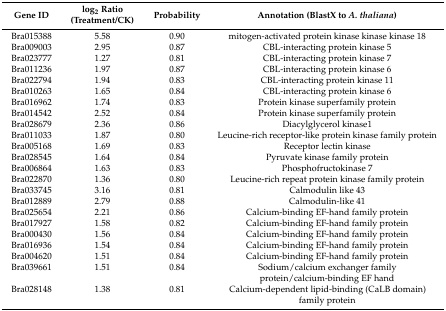
<table><thead><tr><td><b>Gene ID</b></td><td><b>log<sub>2</sub> Ratio (Treatment/CK)</b></td><td><b>Probability</b></td><td><b>Annotation (BlastX to <i>A. thaliana</i>)</b></td></tr></thead><tbody><tr><td>Bra015388</td><td>5.58</td><td>0.90</td><td>mitogen-activated protein kinase kinase kinase 18</td></tr><tr><td>Bra009003</td><td>2.95</td><td>0.87</td><td>CBL-interacting protein kinase 5</td></tr><tr><td>Bra023777</td><td>1.27</td><td>0.81</td><td>CBL-interacting protein kinase 7</td></tr><tr><td>Bra011236</td><td>1.97</td><td>0.87</td><td>CBL-interacting protein kinase 6</td></tr><tr><td>Bra022794</td><td>1.94</td><td>0.83</td><td>CBL-interacting protein kinase 11</td></tr><tr><td>Bra010263</td><td>1.65</td><td>0.84</td><td>CBL-interacting protein kinase 6</td></tr><tr><td>Bra016962</td><td>1.74</td><td>0.83</td><td>Protein kinase superfamily protein</td></tr><tr><td>Bra014542</td><td>2.52</td><td>0.84</td><td>Protein kinase superfamily protein</td></tr><tr><td>Bra028679</td><td>2.36</td><td>0.86</td><td>Diacylglycerol kinase1</td></tr><tr><td>Bra011033</td><td>1.87</td><td>0.80</td><td>Leucine-rich receptor-like protein kinase family protein</td></tr><tr><td>Bra005168</td><td>1.69</td><td>0.83</td><td>Receptor lectin kinase</td></tr><tr><td>Bra028545</td><td>1.64</td><td>0.84</td><td>Pyruvate kinase family protein</td></tr><tr><td>Bra006864</td><td>1.63</td><td>0.83</td><td>Phosphofructokinase 7</td></tr><tr><td>Bra022870</td><td>1.36</td><td>0.80</td><td>Leucine-rich repeat protein kinase family protein</td></tr><tr><td>Bra033745</td><td>3.16</td><td>0.81</td><td>Calmodulin like 43</td></tr><tr><td>Bra012889</td><td>2.79</td><td>0.88</td><td>Calmodulin-like 41</td></tr><tr><td>Bra025654</td><td>2.21</td><td>0.86</td><td>Calcium-binding EF-hand family protein</td></tr><tr><td>Bra017927</td><td>1.58</td><td>0.82</td><td>Calcium-binding EF-hand family protein</td></tr><tr><td>Bra000430</td><td>1.56</td><td>0.84</td><td>Calcium-binding EF-hand family protein</td></tr><tr><td>Bra016936</td><td>1.54</td><td>0.84</td><td>Calcium-binding EF-hand family protein</td></tr><tr><td>Bra004620</td><td>1.51</td><td>0.84</td><td>Calcium-binding EF-hand family protein</td></tr><tr><td>Bra039661</td><td>1.51</td><td>0.84</td><td>Sodium/calcium exchanger family protein/calcium-binding EF hand</td></tr><tr><td>Bra028148</td><td>1.38</td><td>0.81</td><td>Calcium-dependent lipid-binding (CaLB domain) family protein</td></tr></tbody></table>